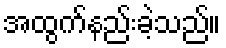
အထွက်နည်းခဲ့သည်။